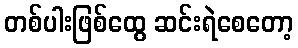
တစ်ပါးဖြစ်ထွေ ဆင်းရဲစေတော့